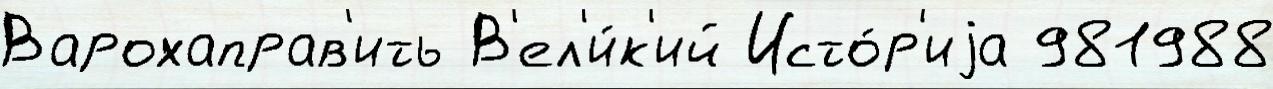
Варохаправ'ить В'ел'и́к'ий Исто́р'иjа 981988